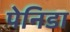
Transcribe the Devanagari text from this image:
पेनिडा